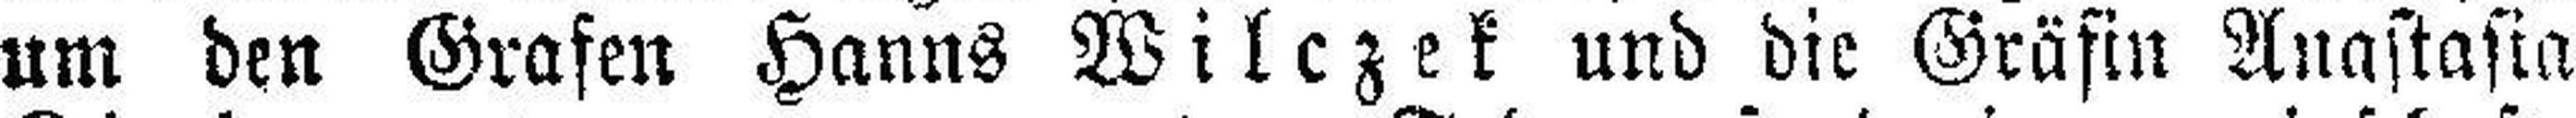
um den Grafen Hanns Wilczek und die Gräfin Anastasia